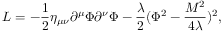
L = - \frac { 1 } { 2 } \eta _ { \mu \nu } \partial ^ { \mu } \Phi \partial ^ { \nu } \Phi - \frac { \lambda } { 2 } ( \Phi ^ { 2 } - \frac { M ^ { 2 } } { 4 \lambda } ) ^ { 2 } ,